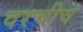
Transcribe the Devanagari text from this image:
वरचीच